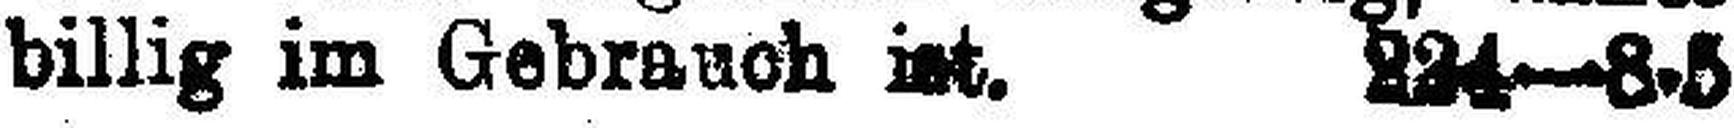
billig im Gebrauch ist. 824—8•5